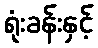
ရုံးခန်းနှင့်